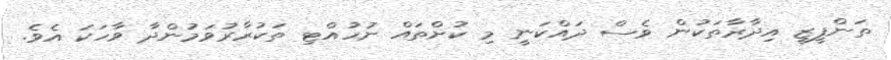
ތަންފީޒީ އިދާރާތަކުން ވެސް ދައްކަނީ މި ކުށްތައް ނުހުއްޓި ތަކުރާރުވަމުންދާ ވާހަކަ އެވެ.